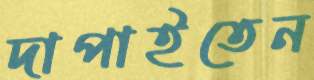
দাপাইতেন